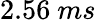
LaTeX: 2.56\ ms